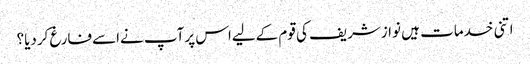
اتنی خدمات ہیں نوازشریف کی قوم کےلیےاس پرآپ نےاسےفارغ کردیا؟